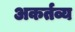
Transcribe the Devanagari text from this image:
अकर्तव्य